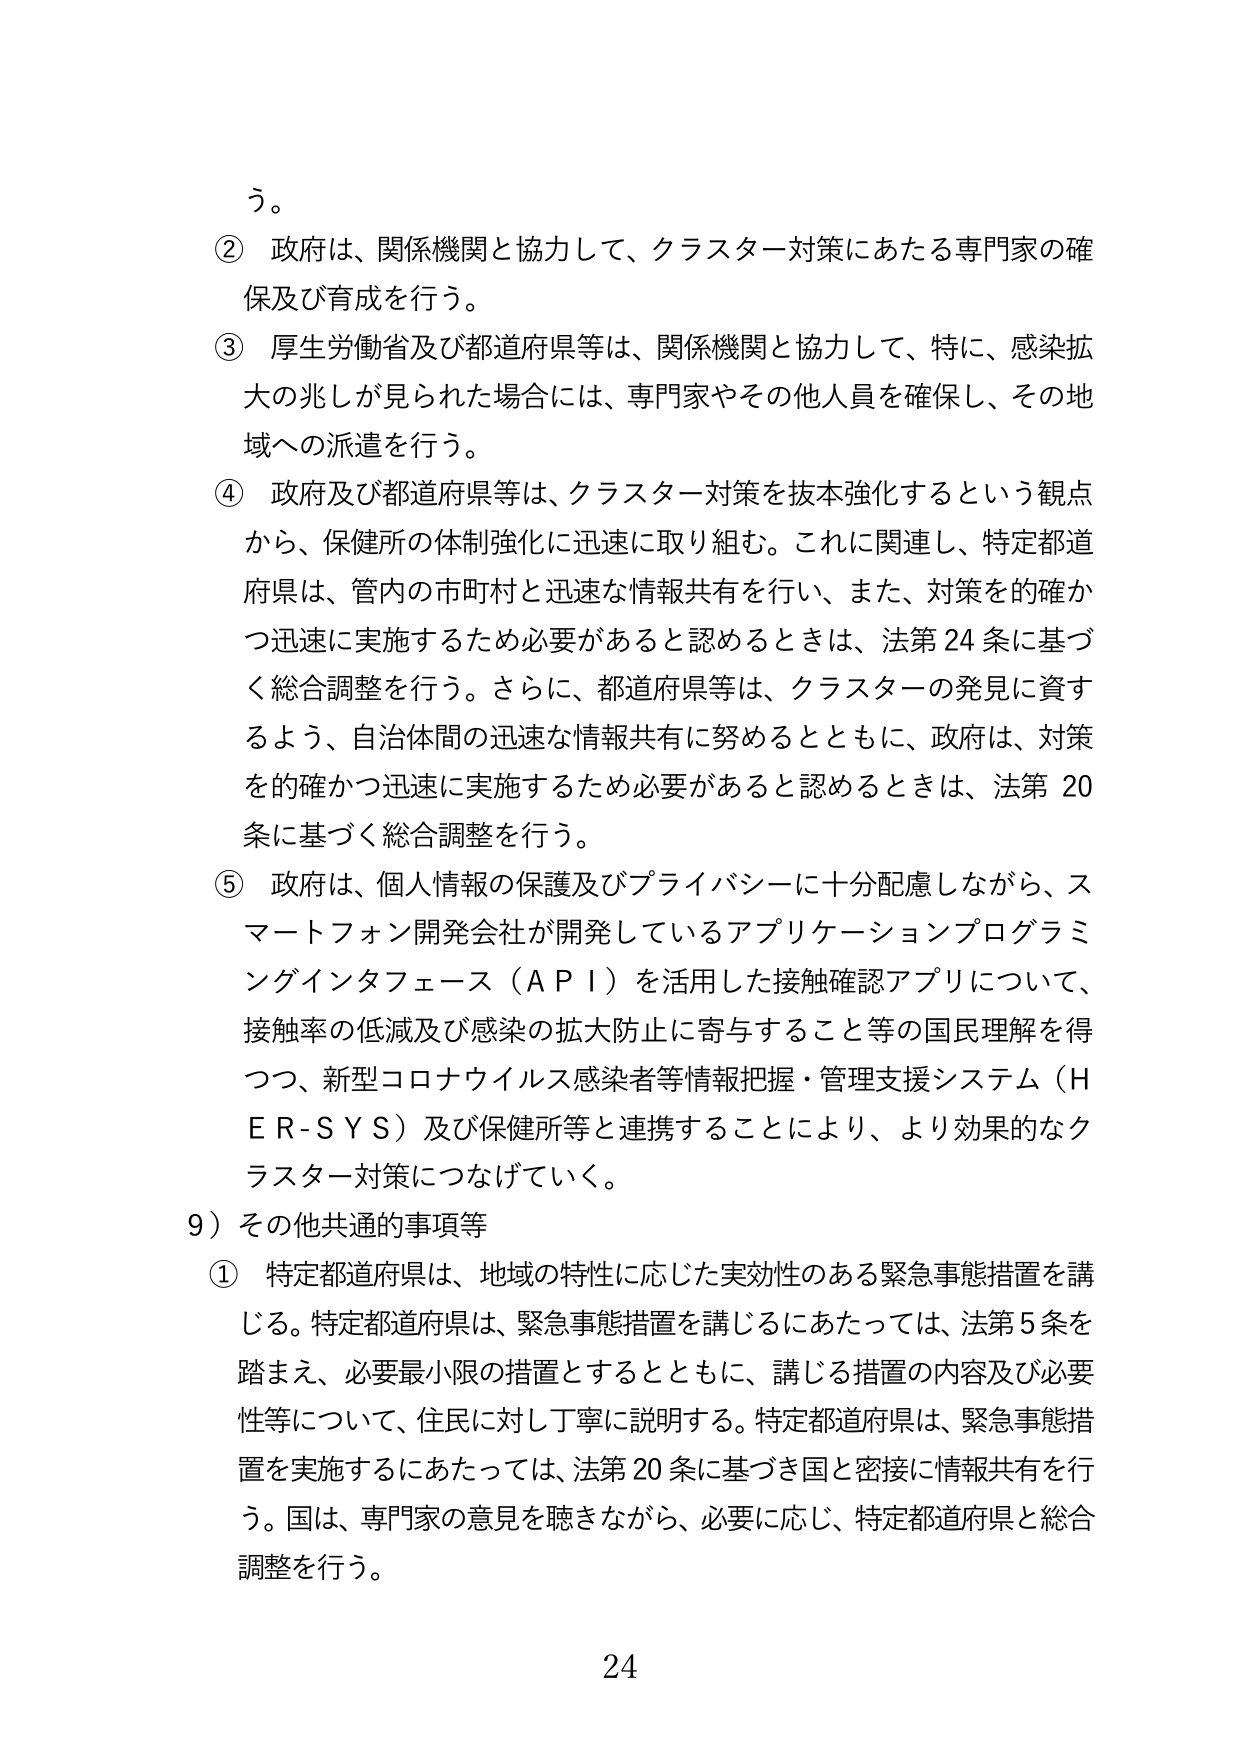
う。

② 政府は、関係機関と協力して、クラスター対策にあたる専門家の確保及び育成を行う。

③ 厚生労働省及び都道府県等は、関係機関と協力して、特に、感染拡大の兆しが見られた場合には、専門家やその他の人員を確保し、その地域への派遣を行う。

④ 政府及び都道府県等は、クラスター対策を抜本強化するという観点から、保健所の体制強化に迅速に取り組む。これに関連し、特定都道府県は、管内の市町村と迅速な情報共有を行い、また、対策を的確かつ迅速に実施するため必要があると認めるときは、法第24条に基づく総合調整を行う。さらに、都道府県等は、クラスターの発見に資するよう、自治体間の迅速な情報共有に努めるとともに、政府は、対策を的確かつ迅速に実施するため必要があると認めるときは、法第20条に基づく総合調整を行う。

⑤ 政府は、個人情報の保護及びプライバシーに十分配慮しながら、スマートフォン開発会社が開発しているアプリケーションプログラミングインタフェース（ＡＰＩ）を活用した接触確認アプリについて、接触率の低減及び感染の拡大防止に寄与すること等の国民理解を得つつ、新型コロナウイルス感染者等情報把握・管理支援システム（ＨＥＲ-ＳＹＳ）及び保健所等と連携することにより、より効果的なクラスター対策につなげていく。

9）その他共通的事項等

① 特定都道府県は、地域の特性に応じた実効性のある緊急事態措置を講じる。特定都道府県は、緊急事態措置を講じるにあたっては、法第5条を踏まえ、必要最小限の措置とするとともに、講じる措置の内容及び必要性等について、住民に対し丁寧に説明する。特定都道府県は、緊急事態措置を実施するにあたっては、法第20条に基づき国と密接に情報共有を行う。国は、専門家の意見を聴きながら、必要に応じ、特定都道府県と総合調整を行う。

24